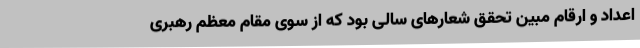
اعداد و ارقام مبین تحقق شعارهای سالی بود که از سوی مقام معظم رهبری